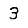
Digit: 3